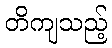
တိကျသည့်